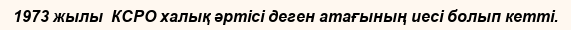
1973 жылы  КСРО халық әртісі деген атағының иесі болып кетті.